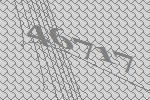
46717